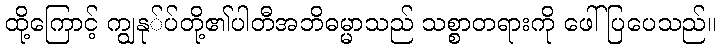
ထို့ကြောင့် ကျွနု်ပ်တို့၏ပါတီအဘိဓမ္မာသည် သစ္စာတရားကို ဖေါ်ပြပေသည်။